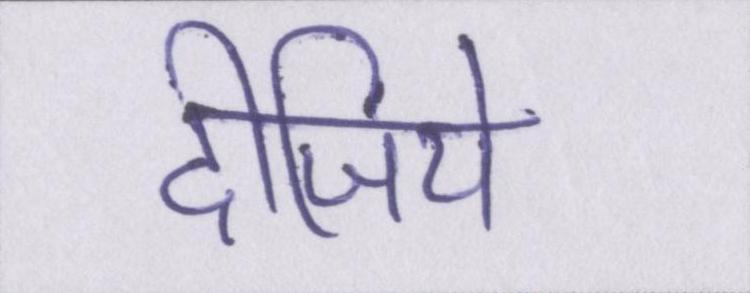
दीजिये